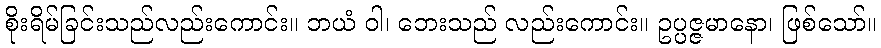
စိုးရိမ်ခြင်းသည်လည်းကောင်း။ ဘယံ ဝါ၊ ဘေးသည် လည်းကောင်း။ ဥပ္ပဇ္ဇမာနော၊ ဖြစ်သော်။